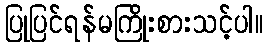
ပြုပြင်ရန်မကြိုးစားသင့်ပါ။